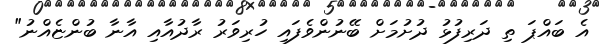
އެ ބައްޕަ ތި ދަރިފުޅު ދުށުމަށް ބޭނުންވެފައި ހުރިވަރު ރާދުއާއި އާނާ ބުންޏެއްނު"